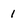
Character: 1